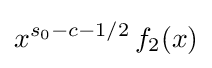
x^{s_{0}-c-1/2}\,f_{2}(x)